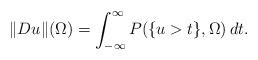
LaTeX: \begin{align*}\|Du\|(\Omega)=\int_{-\infty}^{\infty}P(\{u>t\},\Omega)\,dt.\end{align*}